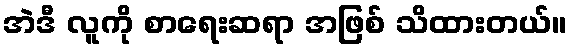
အဲဒီ လူကို စာရေးဆရာ အဖြစ် သိထားတယ်။